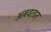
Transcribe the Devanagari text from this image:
अबवतार